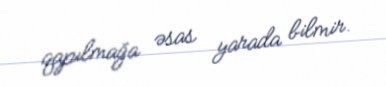
qapılmağa əsas yarada bilmir.